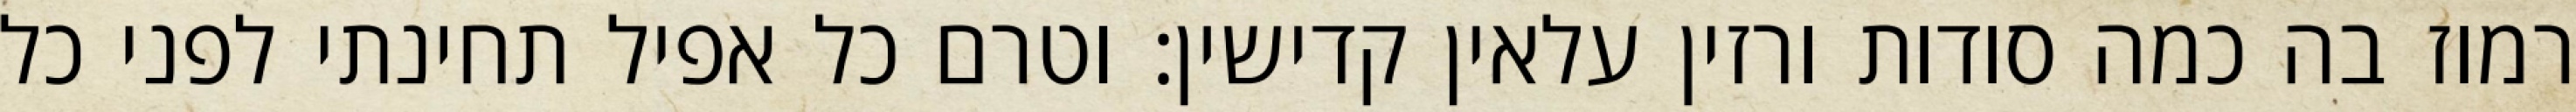
רמוז בה כמה סודות ורזין עלאין קדישין: וטרם כל אפיל תחינתי לפני כל